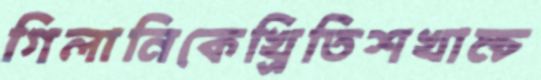
গিলানিকেখ্রিতিশখাম্‌চ